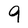
Character: 9